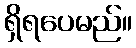
ရှိရပေမည်။